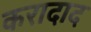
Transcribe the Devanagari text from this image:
करादाद